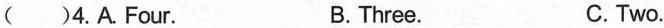
( )4.A.Four. B.Three. C.Two.